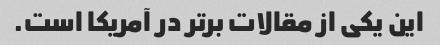
این یکی از مقالات برتر در آمریکا است.